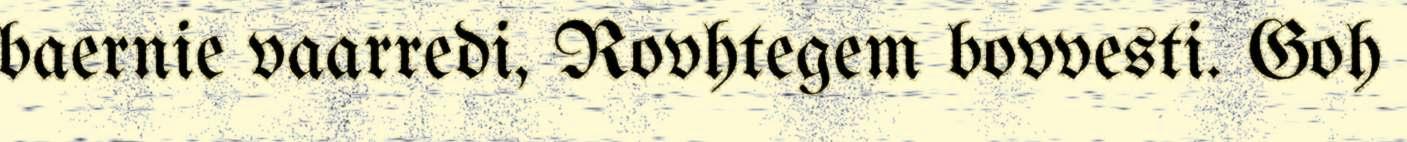
baernie vaarredi, Rovhtegem bovvesti. Goh